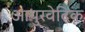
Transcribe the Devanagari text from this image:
आयुरवेदिक